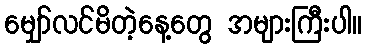
မျှော်လင်မိတဲ့နေ့တွေ အများကြီးပါ။